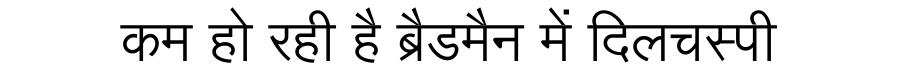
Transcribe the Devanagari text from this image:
कम हो रही है ब्रैडमैन में दिलचस्पी